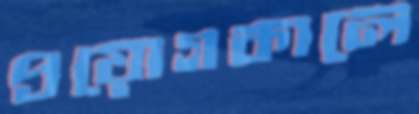
প্রয়োগকালে